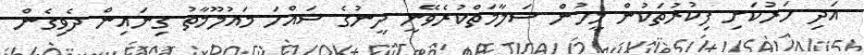
އަދި ހަރުކަށި ފިކުރުތަކުން މީހުން ސަލާމަތްކުރެވޭނީ ދީނުގެ ސައްހަ މައުލޫމާތު ގިނައިން ދެވިގެން